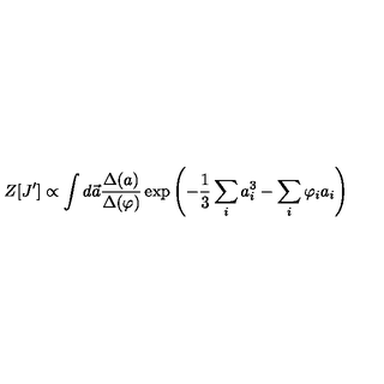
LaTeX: Z [ J ^ { \prime } ] \propto \int d \vec { a } \frac { \Delta ( a ) } { \Delta { ( \varphi ) } } \exp \left( - \frac { 1 } { 3 } \sum _ { i } a _ { i } ^ { 3 } - \sum _ { i } \varphi _ { i } a _ { i } \right)